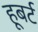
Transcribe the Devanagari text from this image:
हूबर्ट